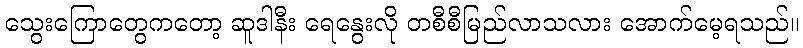
သွေးကြောတွေကတော့ ဆူဒါနီး ရေနွေးလို တစီစီမြည်လာသလား အောက်မေ့ရသည်။